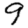
Digit: 9